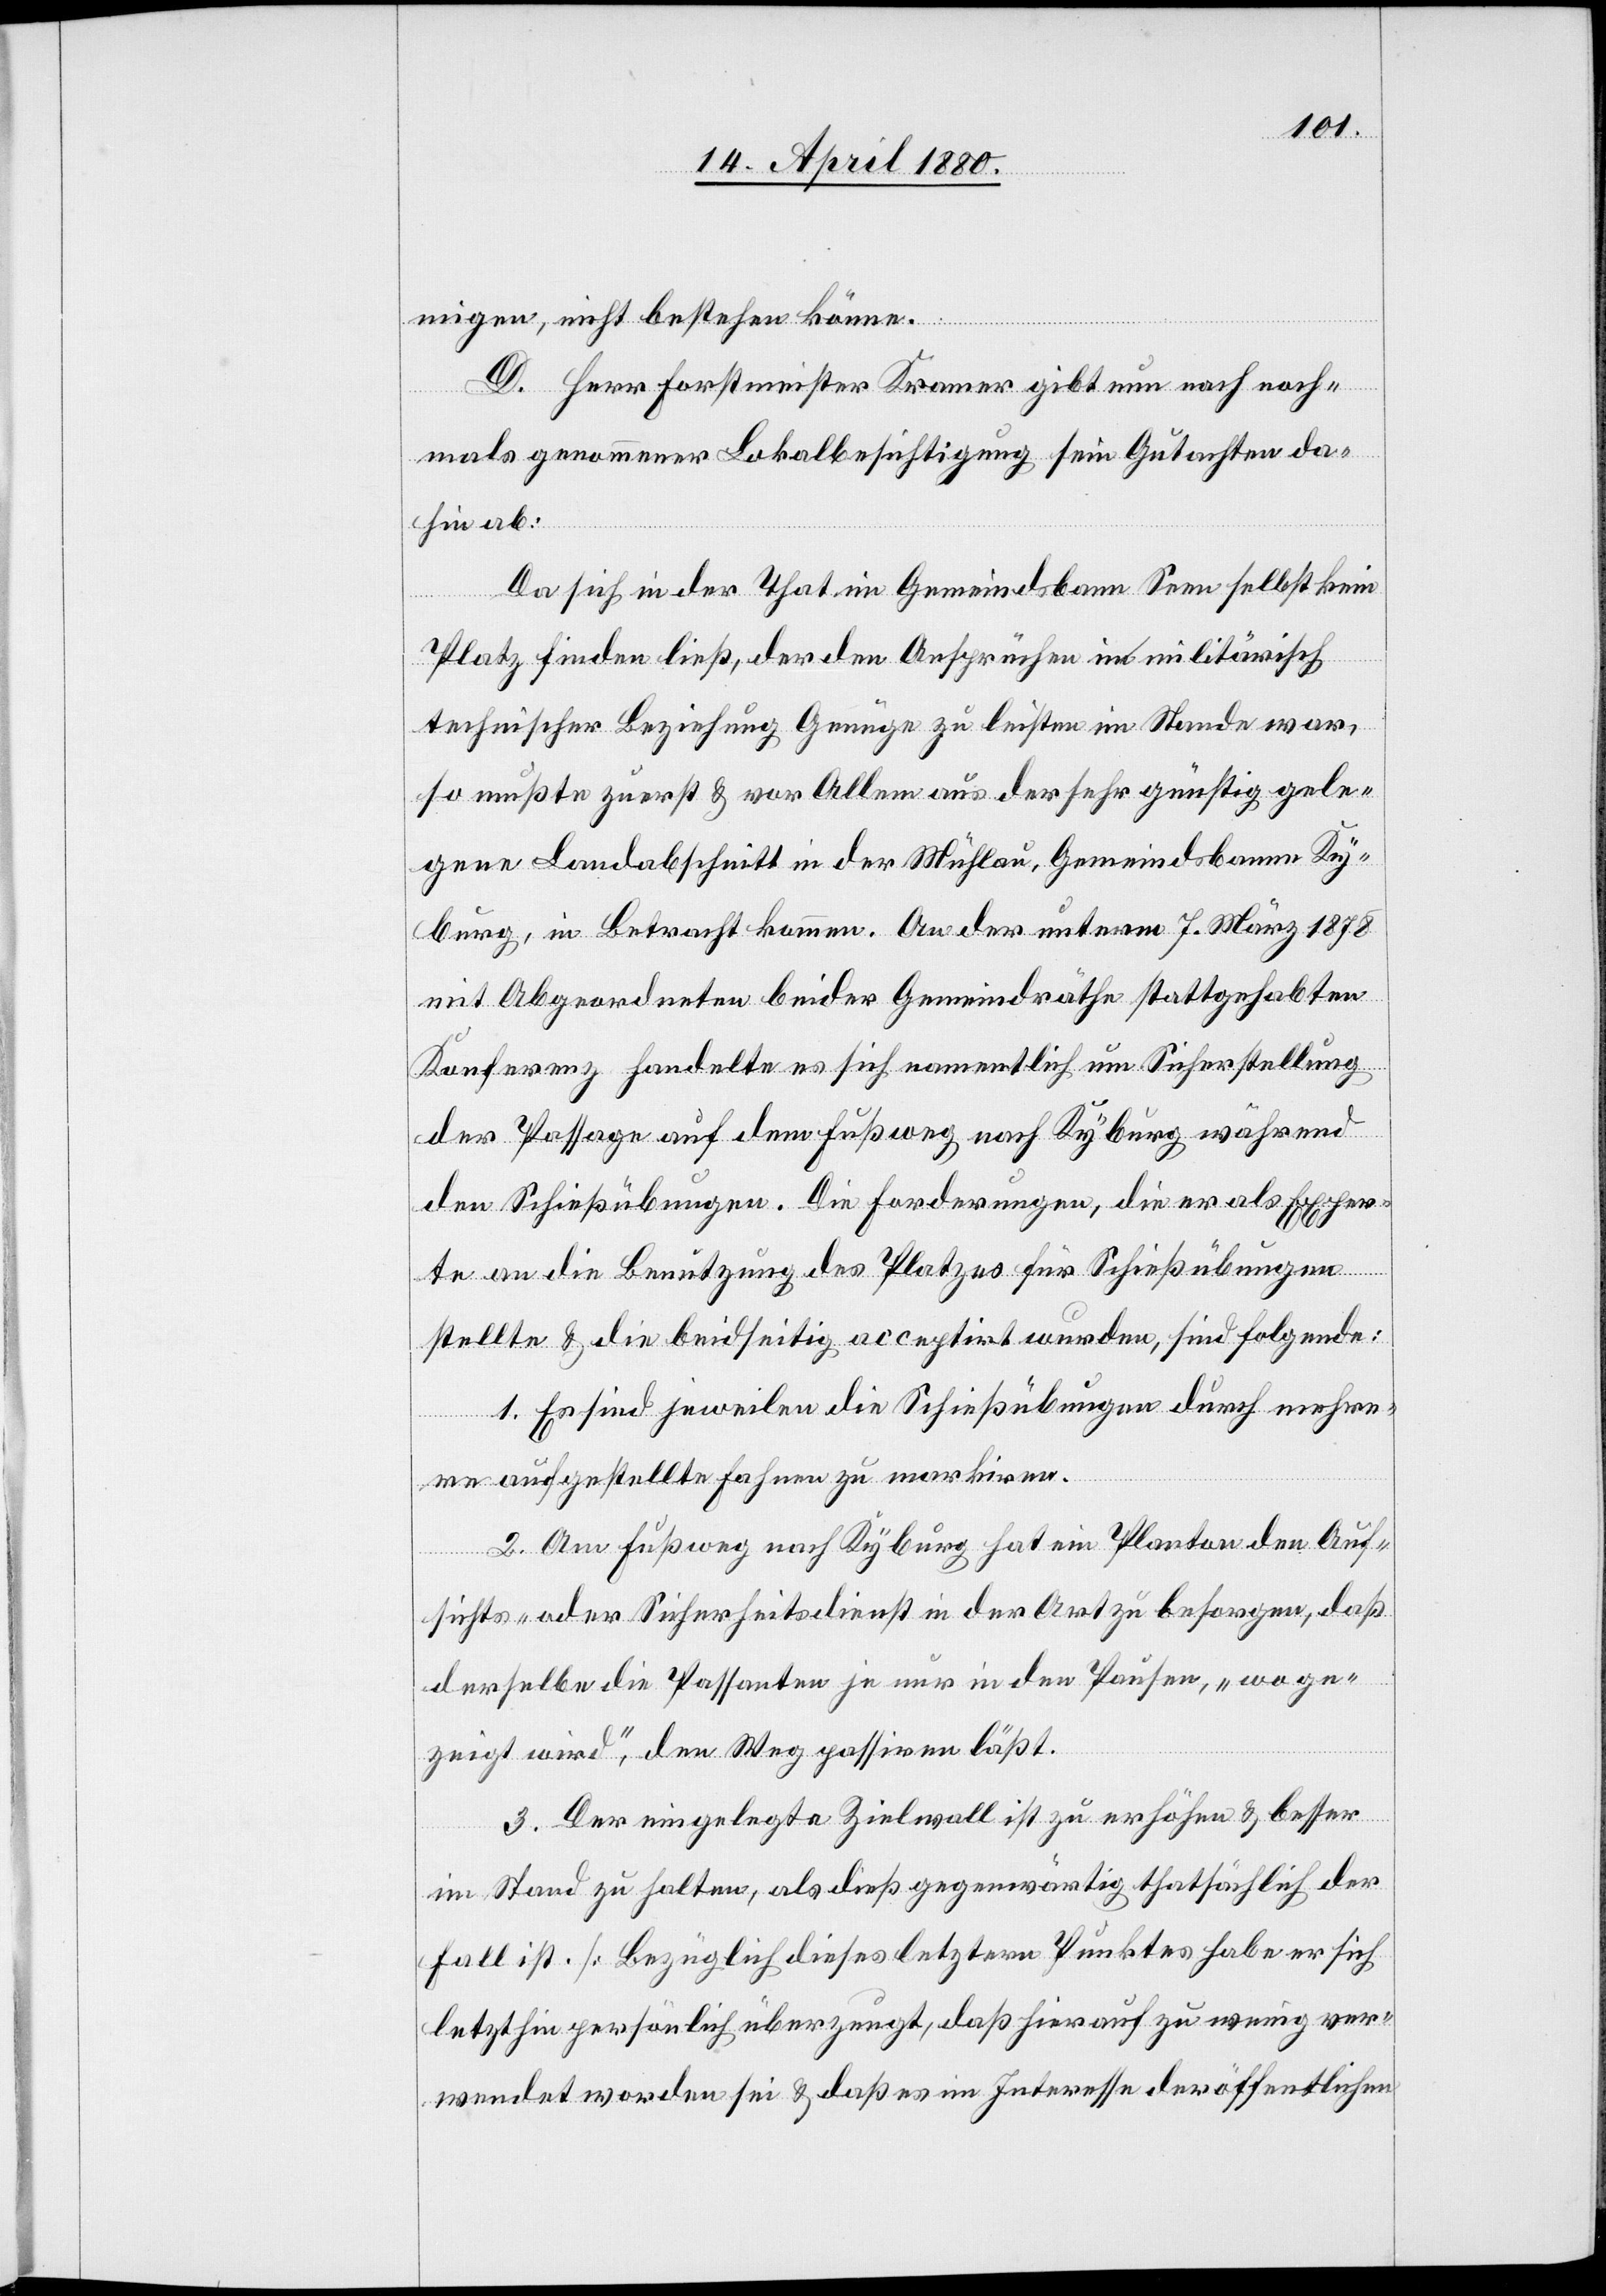
migen, nicht bestehen könne.
D. Herr Forstmeister Kronauer gibt nun nach noch¬
mals genommener Lokalbesichtigung sein Gutachten da¬
hin ab:
Da sich in der That im Gemeindsbann Seen selbst kein
Platz finden ließ, der den Ansprüchen in militärisch
technischer Beziehung Genüge zu leisten im Stande war,
so mußte zuerst & vor Allem aus der sehr günstig gele¬
gene Landabschnitt in der Mühlau, Gemeindsbann Ky¬
burg, in Betracht kommen. An der unterm 7. März 1878
mit Abgeordneten beider Gemeindräthe stattgehabten
Konferenz handelte es sich namentlich um Sicherstellung
der Passage auf dem Fußweg nach Kyburg während
den Schießübungen. Die Forderungen, die er als Exper¬
te an die Benützung des Platzes für Schießübungen
stellte & die beidseitig acceptirt wurden, sind folgende:
1. Es sind jeweilen die Schießübungen durch mehre¬
re aufgestellte Fahnen zu markiren.
2. Am Fußweg nach Kyburg hat ein Planton den Auf¬
sichts- oder Sicherheitsdienst in der Art zu besorgen, daß
derselbe die Passanten je nur in den Pausen, „wo ge¬
zeigt wird“, in Weg passiren läßt.
3. Der eingelegte Zielwall ist zu erhöhen & besser
im Stand zu halten, als dieß gegenwärtig thatsächlich der
Fall ist. [Bezüglich dieses letztern Punktes habe er sich
letzthin persönlich überzeugt, daß hierauf zu wenige ver¬
wendet worden sei & daß es im Interesse der öffentlichen